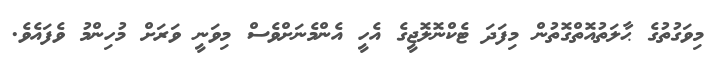
މިވަގުތުގެ ޙާލަތުއޮތްގޮތުން މިފަދަ ޓެކްނޮލޮޖީގެ އެހީ އެންމެނަށްވެސް މިވަނީ ވަރަށް މުހިންމު ވެފައެވެ.